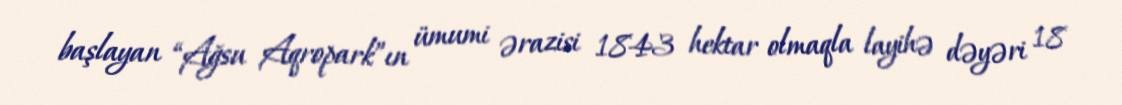
başlayan “Ağsu Aqropark”ın ümumi ərazisi 1843 hektar olmaqla layihə dəyəri 18